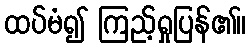
ထပ်မံ၍ ကြည့်ရှုပြန်၏။